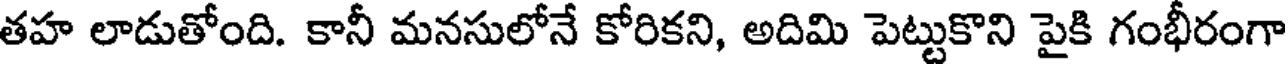
తహ లాడుతోంది. కానీ మనసులోనే కోరికని, అదిమి పెట్టుకొని పైకి గంభీరంగా